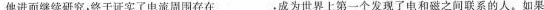
他进而继续研究，终于证实了电流周围存在___，成为世界上第一个发现了电和磁之间联系的人。如果